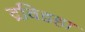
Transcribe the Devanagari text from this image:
द्रविडहा